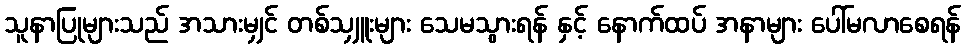
သူနာပြုများသည် အသားမျှင် တစ်သျှူးများ သေမသွားရန် နှင့် နောက်ထပ် အနာများ ပေါ်မလာစေရန်